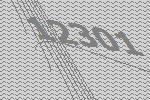
12301